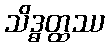
သိဒ္ဓတ္ထဿ